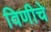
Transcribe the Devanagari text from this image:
विणीचे